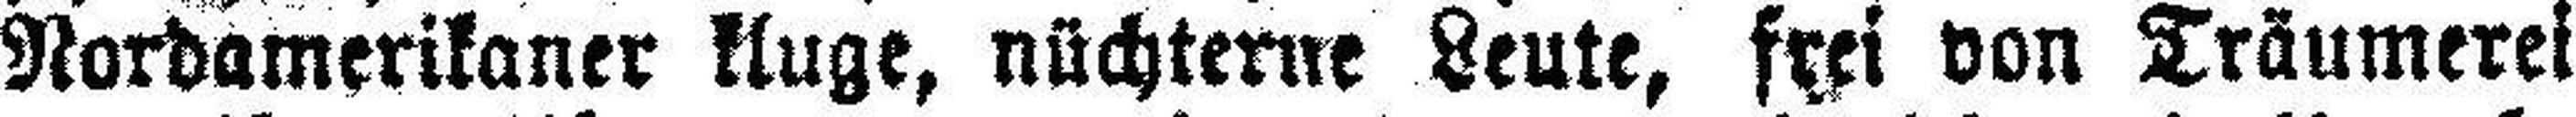
Nordamerikaner kluge, nüchterne Leute, frei von Träumerei